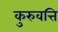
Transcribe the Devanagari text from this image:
कुरुवत्ति